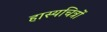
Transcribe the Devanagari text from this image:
हास्यचित्रों